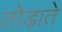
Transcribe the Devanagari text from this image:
तोड़ाते